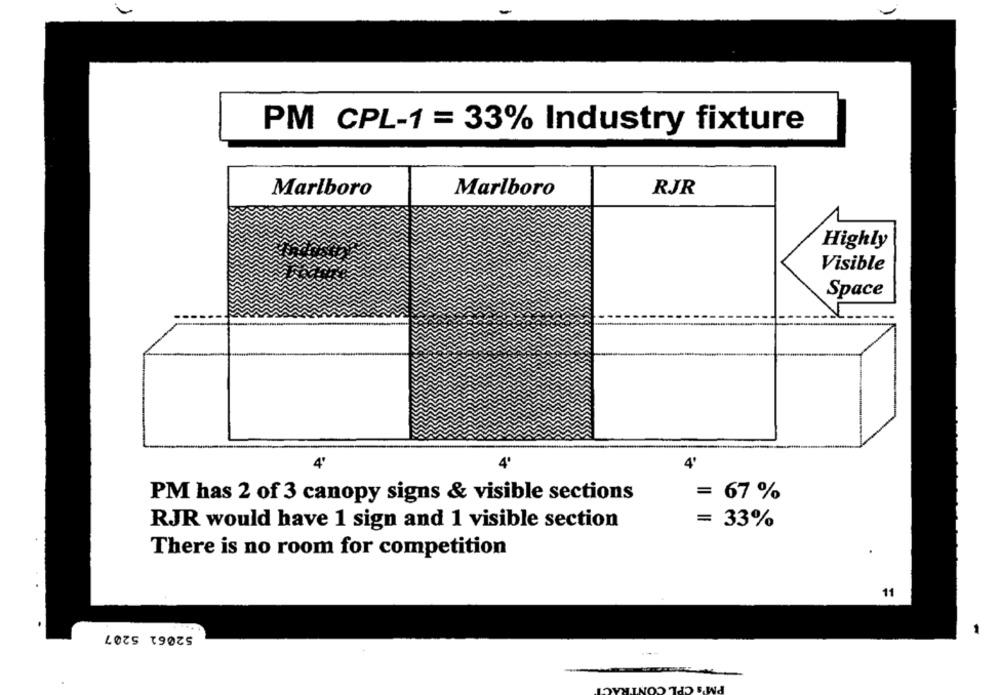
PM CPL-1 = 33% Industry fixture
Marlboro
Marlboro
RJR
Highly
Visible
Space
4º
PM has 2 of 3 canopy signs & visible sections
= 67 %
RJR would have 1 sign and 1 visible section
= 33%
There is no room for competition
11
52061 5207
PL